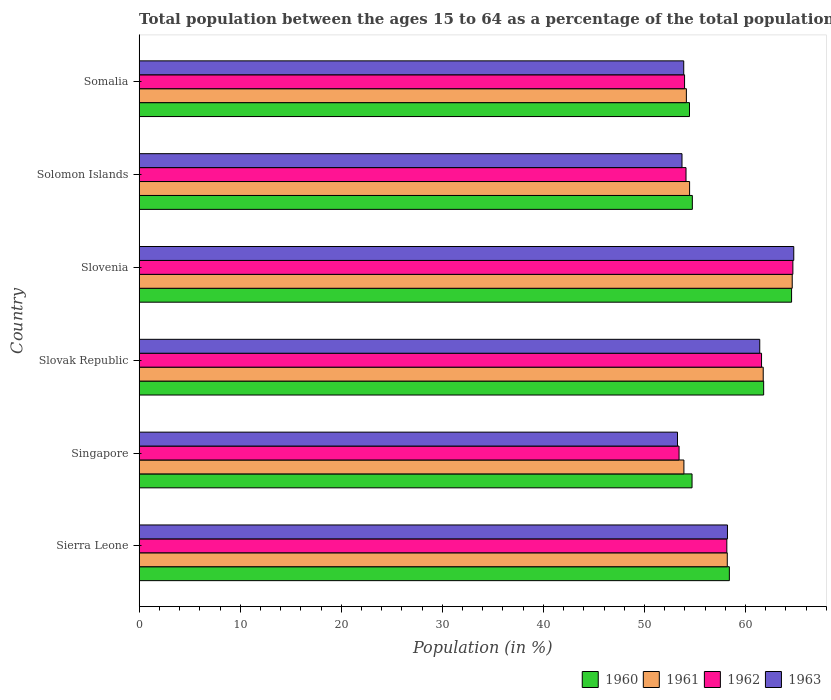
| Country | 1960 | 1961 | 1962 | 1963 |
 | --- | --- | --- | --- | --- |
 | Sierra Leone | 58.4 | 58.2 | 58.2 | 58.2 |
 | Singapore | 54.7 | 53.9 | 53.4 | 53.3 |
 | Slovak Republic | 61.8 | 61.8 | 61.6 | 61.4 |
 | Slovenia | 64.6 | 64.6 | 64.7 | 64.8 |
 | Solomon Islands | 54.7 | 54.5 | 54.1 | 53.7 |
 | Somalia | 54.5 | 54.1 | 54 | 53.9 |